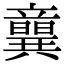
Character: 𥫈